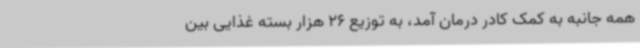
همه‌ جانبه به کمک کادر درمان آمد، به توزیع 26 هزار بسته غذایی بین